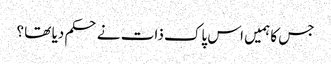
جس کا ہمیں اس پاک ذات نے حکم دیا تھا ؟